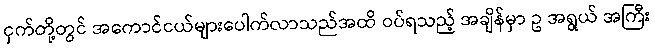
ငှက်တို့တွင် အကောင်ငယ်များပေါက်လာသည်အထိ ဝပ်ရသည့် အချိန်မှာ ဥ အရွယ် အကြီး